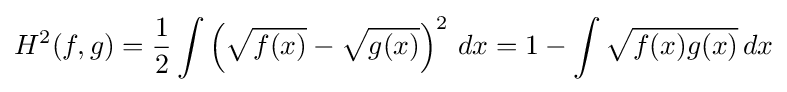
H^{2}(f,g)={\frac {1}{2}}\int \left({\sqrt {f(x)}}-{\sqrt {g(x)}}\right)^{2}\,dx=1-\int {\sqrt {f(x)g(x)}}\,dx